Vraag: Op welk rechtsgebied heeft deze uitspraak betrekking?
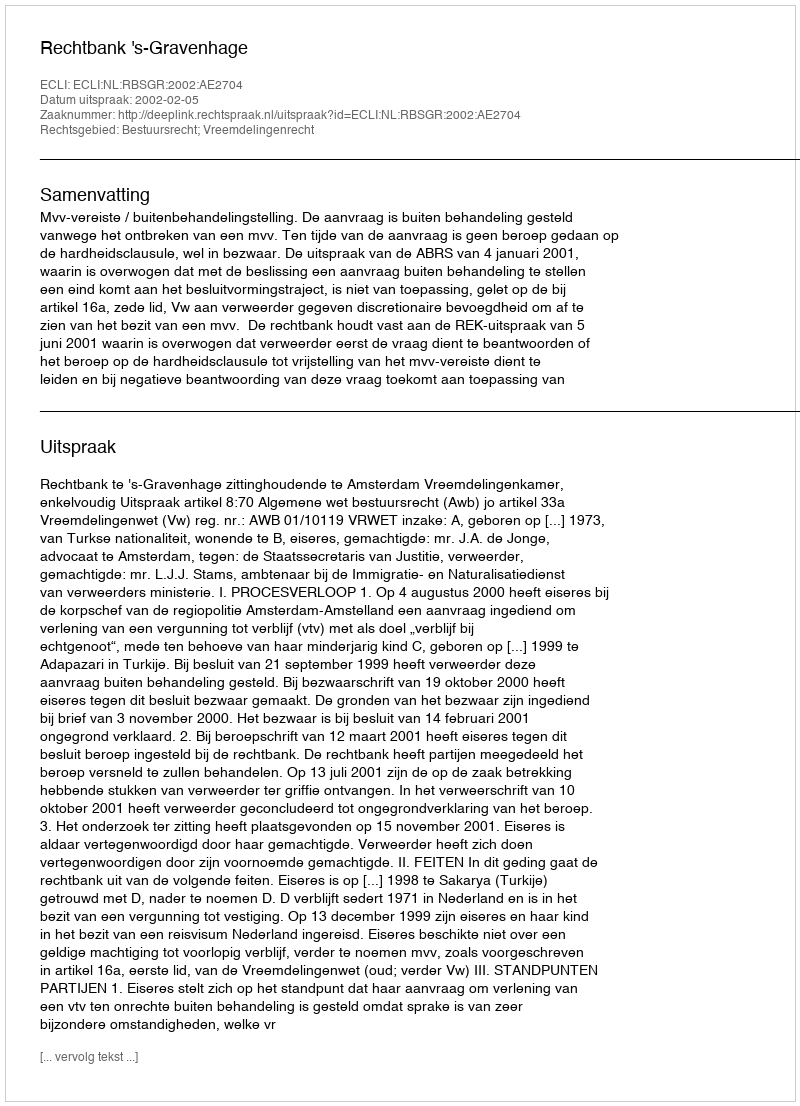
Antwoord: Bestuursrecht; Vreemdelingenrecht